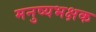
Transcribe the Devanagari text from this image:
मनुष्यभक्षक